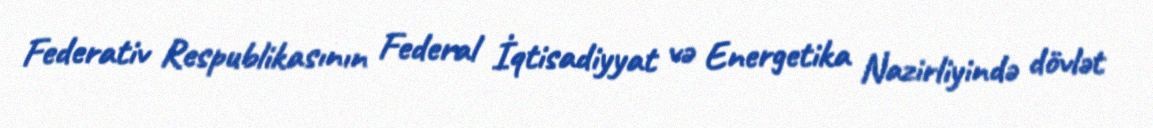
Federativ Respublikasının Federal İqtisadiyyat və Energetika Nazirliyində dövlət